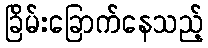
ခြိမ်းခြောက်နေသည့်